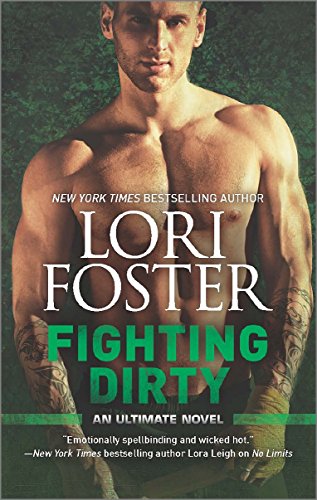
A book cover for Fighting Dirty (An Ultimate Novel); Lori Foster; Romance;